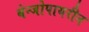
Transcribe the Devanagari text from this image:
बेन्जोपायरीन